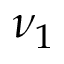
\nu _ { 1 }